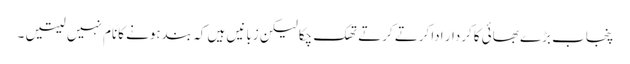
پنجاب بڑے بھائی کاکردار اداکرتے کرتے تھک چکالیکن زبانیں ہیں کہ بندہونے کانام نہیں لیتیں ۔